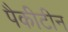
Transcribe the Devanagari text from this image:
पैकीटीन